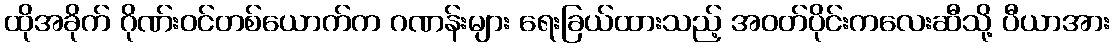
ထိုအခိုက် ဂိုဏ်းဝင်တစ်ယောက်က ဂဏန်းများ ရေးခြယ်ထားသည့် အဝတ်ပိုင်းကလေးဆီသို့ ပီယာအား